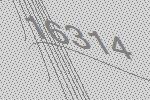
16314